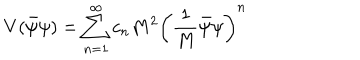
LaTeX: V ( \bar { \psi } \psi ) = \sum _ { n = 1 } ^ { \infty } c _ { n } M ^ { 2 } \left( \frac { 1 } { M } \bar { \psi } \psi \right) ^ { n }